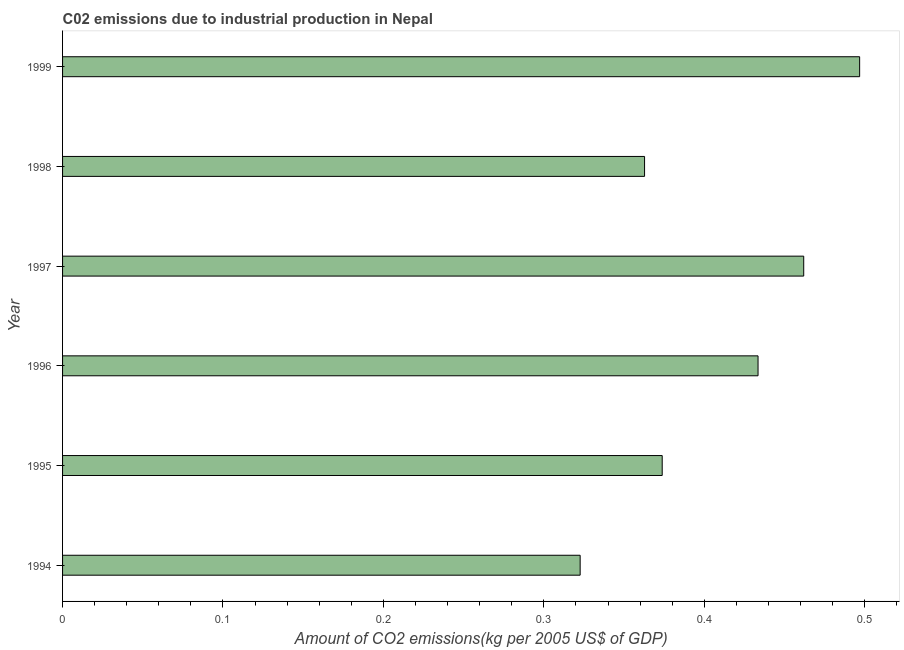
| Year | CO2 emissions  |
 | --- | --- |
 | 1994 | 0.323 |
 | 1995 | 0.374 |
 | 1996 | 0.434 |
 | 1997 | 0.462 |
 | 1998 | 0.363 |
 | 1999 | 0.497 |